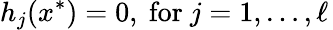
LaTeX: h_{j}(x^{*})=0,{\mathrm{~for~}}j=1,\ldots,\ell\,